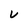
Character: V